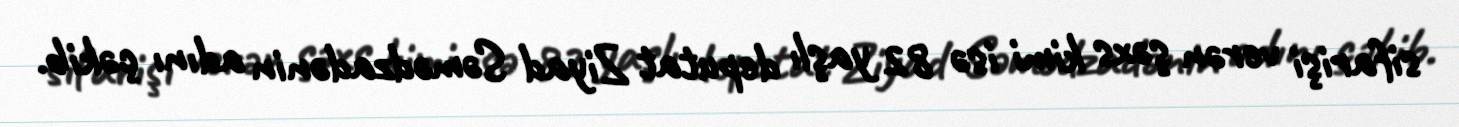
sifarişi verən şəxs kimi isə 82 yaşlı deputat Ziyad Səmədzadənin adını çəkib.